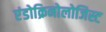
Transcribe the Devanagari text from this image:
एंडोक्रिनोलोजिस्ट